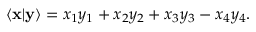
\langle \mathbf { x } | \mathbf { y } \rangle = x _ { 1 } y _ { 1 } + x _ { 2 } y _ { 2 } + x _ { 3 } y _ { 3 } - x _ { 4 } y _ { 4 } .